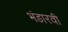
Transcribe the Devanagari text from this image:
भंडारवी